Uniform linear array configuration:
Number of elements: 64
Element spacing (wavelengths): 0.5
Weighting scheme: uniform
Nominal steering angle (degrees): -60
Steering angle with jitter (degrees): -58.232
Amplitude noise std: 0.05
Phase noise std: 0.05

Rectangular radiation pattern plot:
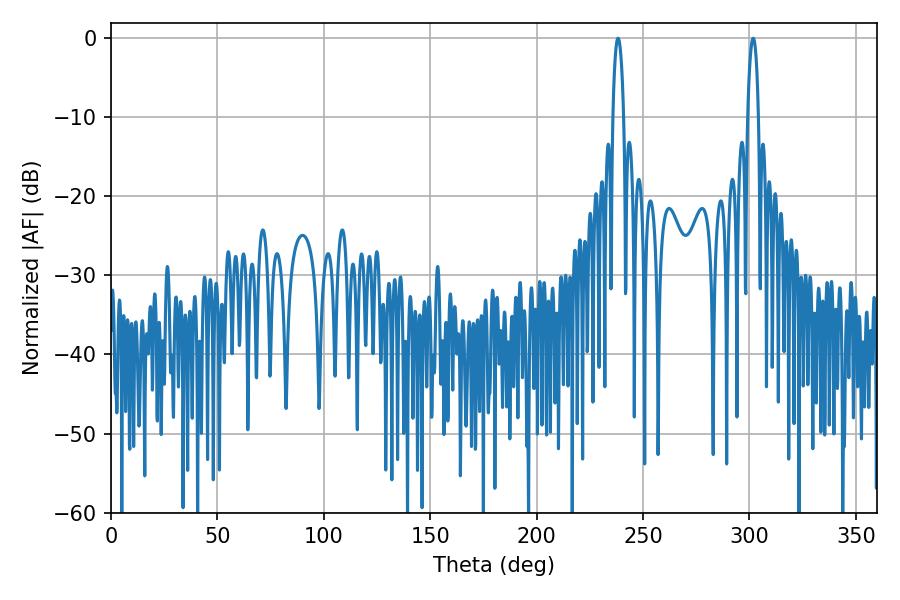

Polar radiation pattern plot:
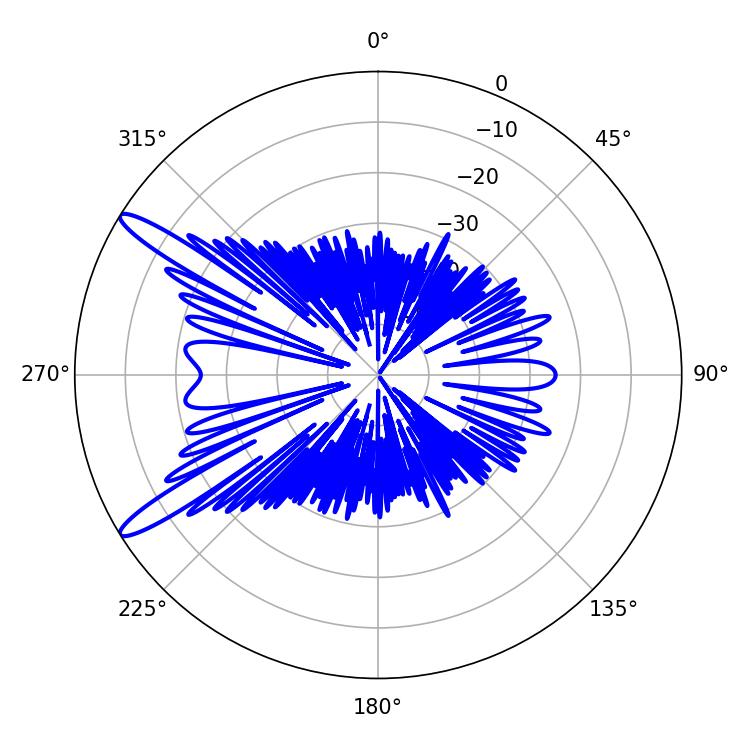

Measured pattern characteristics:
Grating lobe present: FALSE
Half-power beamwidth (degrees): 2.88
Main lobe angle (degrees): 301.68